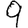
Digit: 9